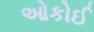
ઓકોઈ